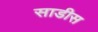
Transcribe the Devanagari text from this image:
साडीस